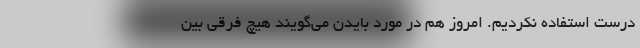
درست استفاده نکردیم. امروز هم در مورد بایدن می‌گویند هیچ فرقی بین